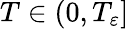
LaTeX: T\in(0,T_{\varepsilon}]